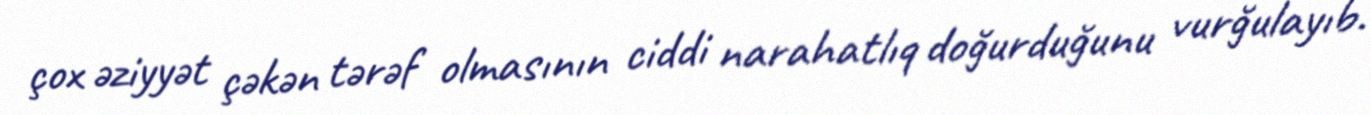
çox əziyyət çəkən tərəf olmasının ciddi narahatlıq doğurduğunu vurğulayıb.